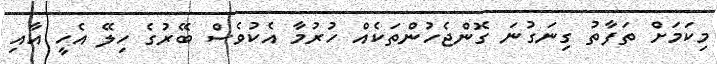
މިކަމަށް ތަފާތު ގިނަގުނަ ގޮންޖެހުންތަކެއް ހުރުމާ އެކުވެސް ބޭރުގެ ހިލޭ އެހީ އާއި